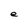
Character: e